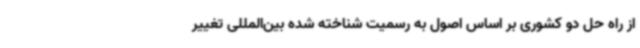
از راه حل دو کشوری بر اساس اصول به رسمیت شناخته شده بین‌المللی تغییر